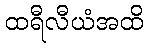
ထရီလီယံအထိ